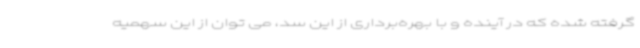
گرفته شده که در آینده و با بهره‌برداری از این سد، می توان از این سهمیه